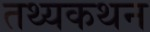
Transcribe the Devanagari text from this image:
तथ्यकथन